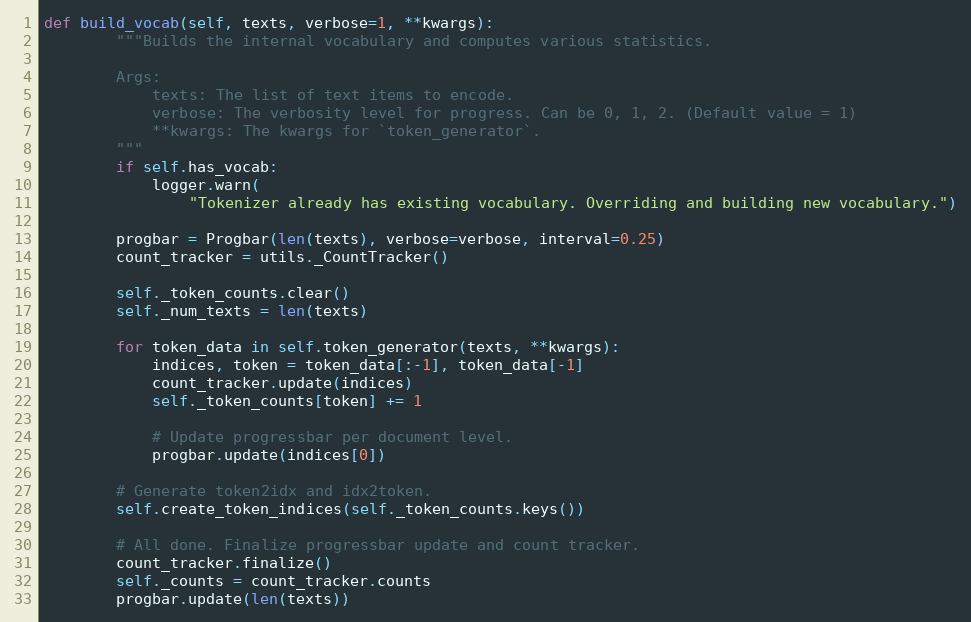
Language: Python
def build_vocab(self, texts, verbose=1, **kwargs):
        """Builds the internal vocabulary and computes various statistics.

        Args:
            texts: The list of text items to encode.
            verbose: The verbosity level for progress. Can be 0, 1, 2. (Default value = 1)
            **kwargs: The kwargs for `token_generator`.
        """
        if self.has_vocab:
            logger.warn(
                "Tokenizer already has existing vocabulary. Overriding and building new vocabulary.")

        progbar = Progbar(len(texts), verbose=verbose, interval=0.25)
        count_tracker = utils._CountTracker()

        self._token_counts.clear()
        self._num_texts = len(texts)

        for token_data in self.token_generator(texts, **kwargs):
            indices, token = token_data[:-1], token_data[-1]
            count_tracker.update(indices)
            self._token_counts[token] += 1

            # Update progressbar per document level.
            progbar.update(indices[0])

        # Generate token2idx and idx2token.
        self.create_token_indices(self._token_counts.keys())

        # All done. Finalize progressbar update and count tracker.
        count_tracker.finalize()
        self._counts = count_tracker.counts
        progbar.update(len(texts))